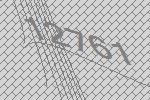
12761